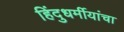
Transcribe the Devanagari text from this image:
हिंदुधर्मीयांचा